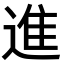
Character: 進